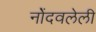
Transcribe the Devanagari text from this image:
नोेंदवलेली